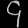
Digit: ၄